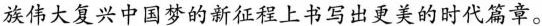
族伟大复兴中国梦的新征程上书写出更美的时代篇章。